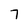
Character: 7